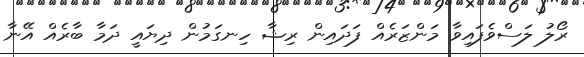
ރޯލު ލަސްވެފައިވާ މަންޒަރެއް ފަދައިން ރިޝާ ހިނގަމުން ދިޔައީ ދަމާ ބާރެއް އޭނާ